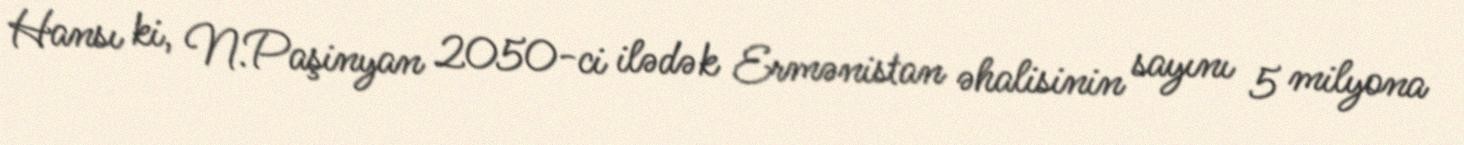
Hansı ki, N.Paşinyan 2050-ci ilədək Ermənistan əhalisinin sayını 5 milyona